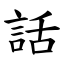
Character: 話